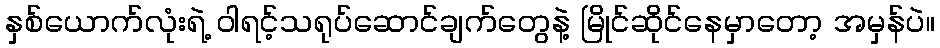
နှစ်ယောက်လုံးရဲ့ ဝါရင့်သရုပ်ဆောင်ချက်တွေနဲ့ မြိုင်ဆိုင်နေမှာတော့ အမှန်ပဲ။